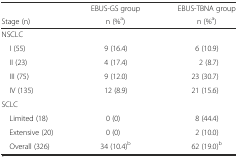
<table><thead><tr><td></td><td><b>EBUS-GS group</b></td><td><b>EBUS-TBNA group</b></td></tr><tr><td><b>Stage (n)</b></td><td><b>n (%<sup>a</sup>)</b></td><td><b>n (%<sup>a</sup>)</b></td></tr></thead><tbody><tr><td>NSCLC</td><td></td><td></td></tr><tr><td> I (55)</td><td>9 (16.4)</td><td>6 (10.9)</td></tr><tr><td> II (23)</td><td>4 (17.4)</td><td>2 (8.7)</td></tr><tr><td> III (75)</td><td>9 (12.0)</td><td>23 (30.7)</td></tr><tr><td> IV (135)</td><td>12 (8.9)</td><td>21 (15.6)</td></tr><tr><td>SCLC</td><td></td><td></td></tr><tr><td> Limited (18)</td><td>0 (0)</td><td>8 (44.4)</td></tr><tr><td> Extensive (20)</td><td>0 (0)</td><td>2 (10.0)</td></tr><tr><td> Overall (326)</td><td>34 (10.4)<sup>b</sup></td><td>62 (19.0)<sup>b</sup></td></tr></tbody></table>